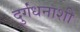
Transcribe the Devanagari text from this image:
दुर्गंधनाशी